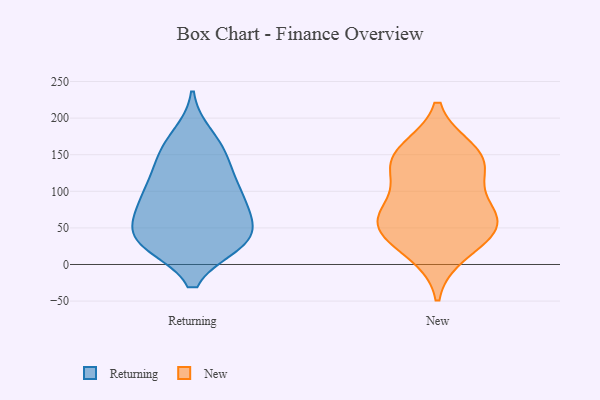
{"axis": {"x": "Net Income (USD K)", "y": "Value"}, "legend": ["New", "Returning"], "data": [{"x": "", "y": 162, "type": "Returning"}, {"x": "", "y": 96, "type": "Returning"}, {"x": "", "y": 148, "type": "Returning"}, {"x": "", "y": 29, "type": "Returning"}, {"x": "", "y": 58, "type": "Returning"}, {"x": "", "y": 40, "type": "Returning"}, {"x": "", "y": 30, "type": "Returning"}, {"x": "", "y": 33, "type": "Returning"}, {"x": "", "y": 115, "type": "Returning"}, {"x": "", "y": 29, "type": "Returning"}, {"x": "", "y": 85, "type": "Returning"}, {"x": "", "y": 106, "type": "Returning"}, {"x": "", "y": 33, "type": "Returning"}, {"x": "", "y": 139, "type": "Returning"}, {"x": "", "y": 75, "type": "Returning"}, {"x": "", "y": 76, "type": "Returning"}, {"x": "", "y": 176, "type": "Returning"}, {"x": "", "y": 155, "type": "New"}, {"x": "", "y": 68, "type": "New"}, {"x": "", "y": 58, "type": "New"}, {"x": "", "y": 148, "type": "New"}, {"x": "", "y": 49, "type": "New"}, {"x": "", "y": 77, "type": "New"}, {"x": "", "y": 129, "type": "New"}, {"x": "", "y": 17, "type": "New"}, {"x": "", "y": 136, "type": "New"}, {"x": "", "y": 44, "type": "New"}]}